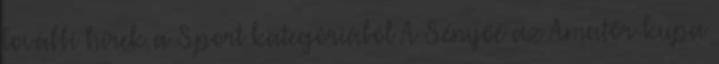
További hírek a Sport kategóriából A Sényőé az Amatőr-kupa